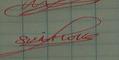
Signature authenticity: genuine